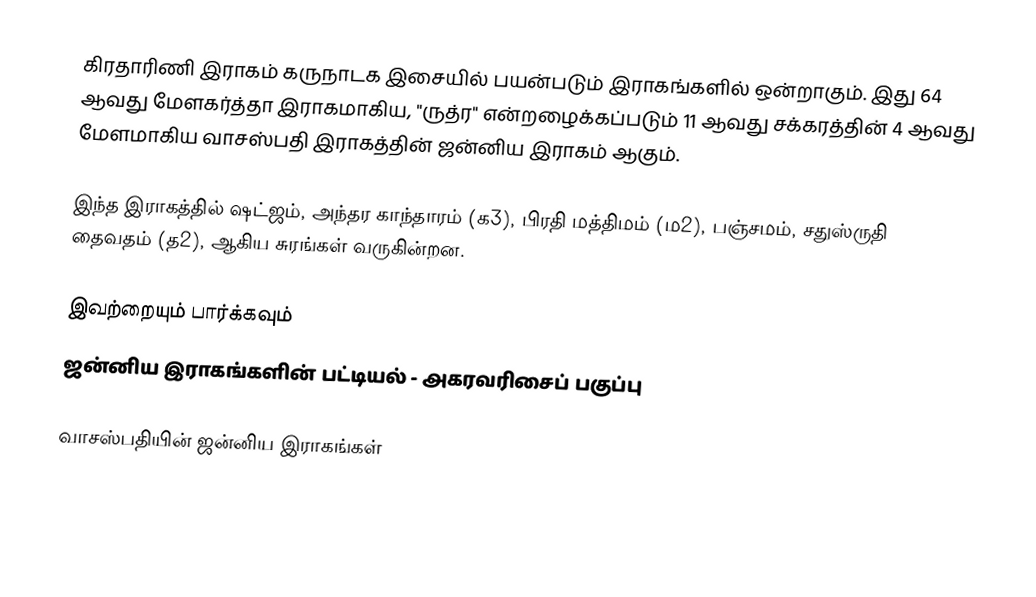
கிரதாரிணி இராகம் கருநாடக இசையில் பயன்படும் இராகங்களில் ஒன்றாகும். இது 64 ஆவது மேளகர்த்தா இராகமாகிய, "ருத்ர" என்றழைக்கப்படும் 11 ஆவது சக்கரத்தின் 4 ஆவது மேளமாகிய வாசஸ்பதி இராகத்தின் ஜன்னிய இராகம் ஆகும்.

இந்த இராகத்தில் ஷட்ஜம், அந்தர காந்தாரம் (க3), பிரதி மத்திமம் (ம2), பஞ்சமம், சதுஸ்ருதி தைவதம் (த2), ஆகிய சுரங்கள் வருகின்றன.

இவற்றையும் பார்க்கவும்
 ஜன்னிய இராகங்களின் பட்டியல் - அகரவரிசைப் பகுப்பு

வாசஸ்பதியின் ஜன்னிய இராகங்கள்